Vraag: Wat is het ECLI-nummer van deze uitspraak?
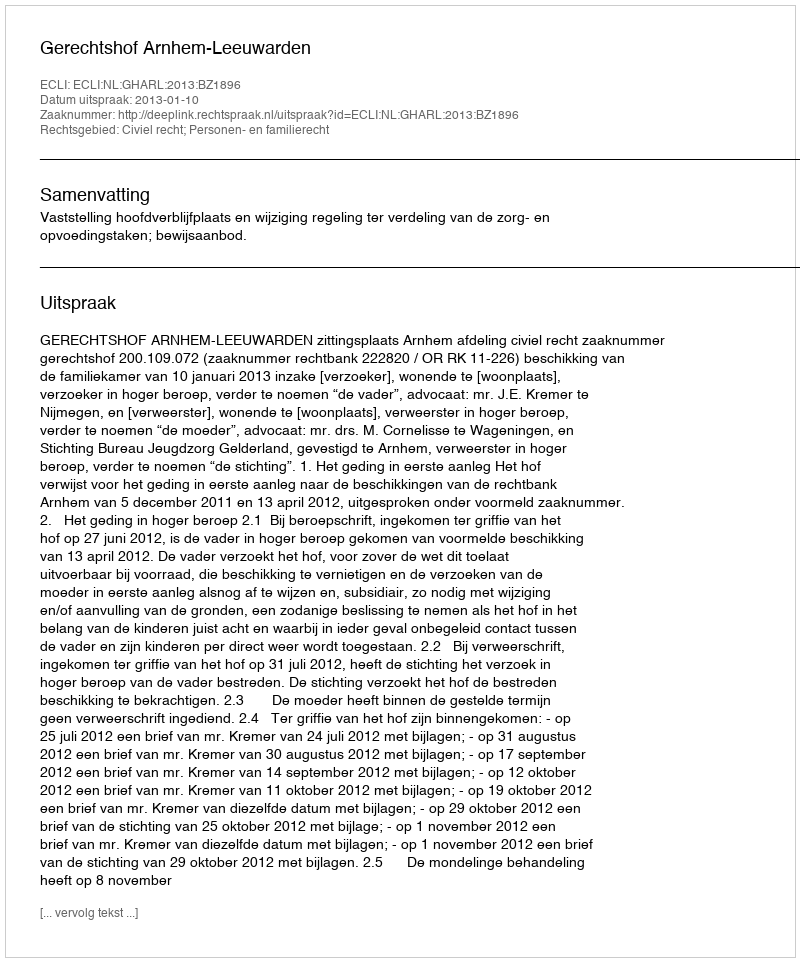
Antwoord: ECLI:NL:GHARL:2013:BZ1896